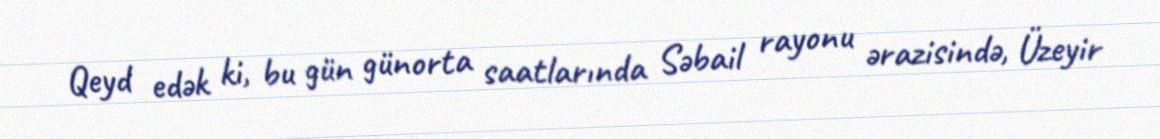
Qeyd edək ki, bu gün günorta saatlarında Səbail rayonu ərazisində, Üzeyir